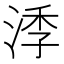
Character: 㳵